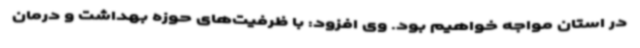
در استان مواجه خواهیم بود. وی افزود: با ظرفیت‌های حوزه بهداشت و درمان